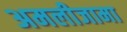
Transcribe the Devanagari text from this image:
अमलीजामा